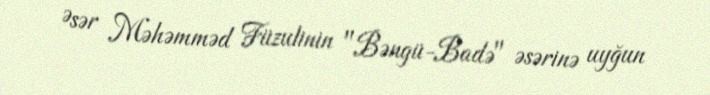
Əsər Məhəmməd Füzulinin "Bəngü-Badə" əsərinə uyğun